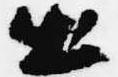
出